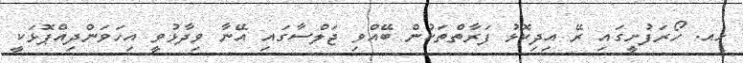
ހއ. ހޯރަފުށީގައި ރޭ އިދިކޮޅު ފަރާތްތަކުން ބޭއްވި ޖަލްސާގައި އޭނާ ވިދާޅުވީ އިހަވަންދިއްޕޮޅަކީ